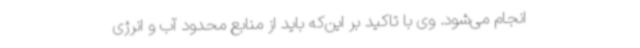
انجام می‌شود. وی با تاکید بر این‌که باید از منابع محدود آب و انرژی